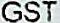
GST